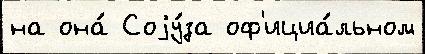
на она́ Соjу́за оф'ициа́льном